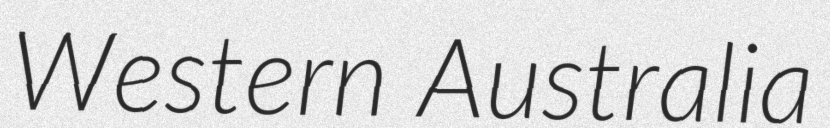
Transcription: Western Australia